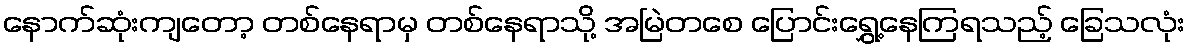
နောက်ဆုံးကျတော့ တစ်နေရာမှ တစ်နေရာသို့ အမြဲတစေ ပြောင်းရွှေ့နေကြရသည့် ခြေသလုံး